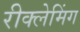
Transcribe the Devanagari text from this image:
रीक्लेमिंग